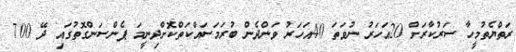
ރަތްޔެތުމީހާ ސަރުކާރަށް 20އަހަރު ނުވަތަ 40އަހަރު ވަންދެން ބުރަމަސައްކަތްކޮށްދިނީމަ ޕެންސަންގޮތުގައި ދޭ 700